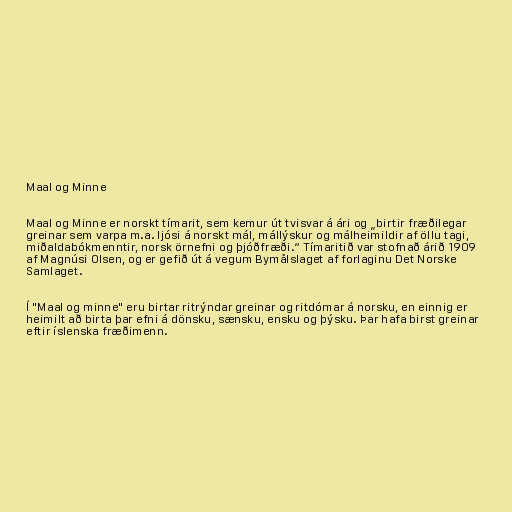
Maal og Minne

Maal og Minne er norskt tímarit, sem kemur út tvisvar á ári og „birtir fræðilegar
greinar sem varpa m.a. ljósi á norskt mál, mállýskur og málheimildir af öllu tagi,
miðaldabókmenntir, norsk örnefni og þjóðfræði.“ Tímaritið var stofnað árið 1909
af Magnúsi Olsen, og er gefið út á vegum Bymålslaget af forlaginu Det Norske
Samlaget.

Í "Maal og minne" eru birtar ritrýndar greinar og ritdómar á norsku, en einnig er
heimilt að birta þar efni á dönsku, sænsku, ensku og þýsku. Þar hafa birst greinar
eftir íslenska fræðimenn.